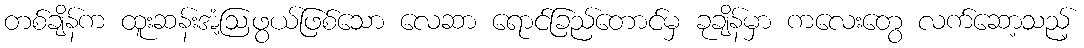
တစ်ချိန်က ထူးဆန်းအံ့ဩဖွယ်ဖြစ်သော လေဆာ ရောင်ခြည်တောင်မှ ခုချိန်မှာ ကလေးတွေ လက်ဆော့သည့်